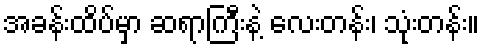
အခန်းထိပ်မှာ ဆရာကြီးနဲ့ လေးတန်း၊ သုံးတန်း။